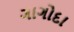
ગાગોદા